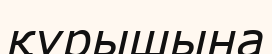
құрышына